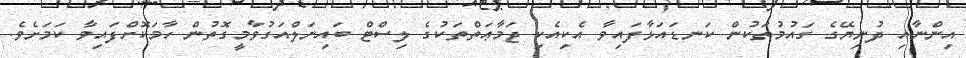
އިންނާއި ދުނިޔޭގެ ގައުމުތަކުން ކަނޑައަޅާފައިވާ އެކިއެކި ޖަމާޢަތްތަކުގެ ލިސްޓް ބައިނަލްއަގުވާމީގޮތުން ހާމަކޮށްފައިވާ ކަމަށެވެ.